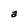
Character: a